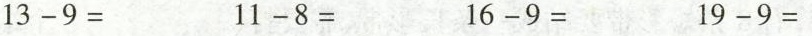
$$1 3 - 9 =$$ $$1 1 - 8 =$$ $$1 6 - 9 =$$ $$1 9 - 9 =$$